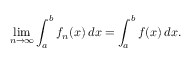
\operatorname* { l i m } _ { n \to \infty } \int _ { a } ^ { b } f _ { n } ( x ) \, d x = \int _ { a } ^ { b } f ( x ) \, d x .